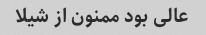
عالی بود ممنون از شیلا